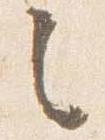
之